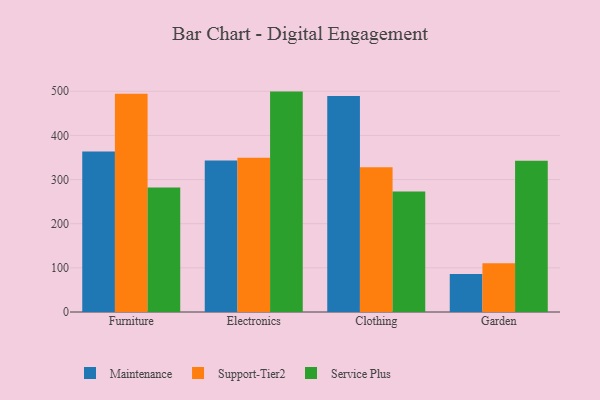
{"axis": {"x": "Category", "y": "Demand Index"}, "legend": ["Maintenance", "Service Plus", "Support-Tier2"], "data": [{"x": "Furniture", "y": 363.6, "type": "Maintenance"}, {"x": "Furniture", "y": 494.4, "type": "Support-Tier2"}, {"x": "Furniture", "y": 282.1, "type": "Service Plus"}, {"x": "Electronics", "y": 343.1, "type": "Maintenance"}, {"x": "Electronics", "y": 349.4, "type": "Support-Tier2"}, {"x": "Electronics", "y": 499.2, "type": "Service Plus"}, {"x": "Clothing", "y": 489.4, "type": "Maintenance"}, {"x": "Clothing", "y": 327.6, "type": "Support-Tier2"}, {"x": "Clothing", "y": 273.1, "type": "Service Plus"}, {"x": "Garden", "y": 86.2, "type": "Maintenance"}, {"x": "Garden", "y": 110.5, "type": "Support-Tier2"}, {"x": "Garden", "y": 342.4, "type": "Service Plus"}]}